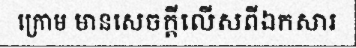
ក្រោម មានសេចក្តីលើសពីឯកសារ